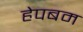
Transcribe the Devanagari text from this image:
हेपबम